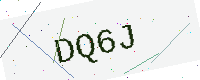
Text: DQ6J